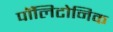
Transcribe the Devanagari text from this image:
पॉलिटोनिक